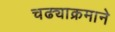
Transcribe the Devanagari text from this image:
चढ्याक्रमाने